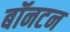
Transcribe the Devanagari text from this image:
बॉनटन